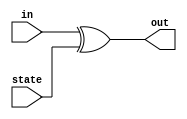
module AddRoundKey # ( parameter BYTE = 8 , parameter WORD = 32 , parameter SENTENCE = 128 )
( input [ SENTENCE-1 : 0 ] in , input [ SENTENCE-1 : 0 ] state , output [ SENTENCE-1 : 0 ] out ) ;
	assign out = in ^ state ; // xor between the input and the state round key
endmodule